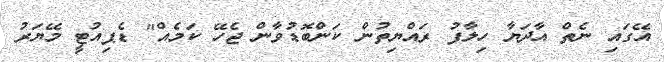
އޭގައި ނެތް އާދަޔާ ހިލާފު ރައްޔިތުން ކަންބޮޑުވާން ޖެހޭ ކަމެއް" ޑެޕިއުޓީ މޭޔަރު